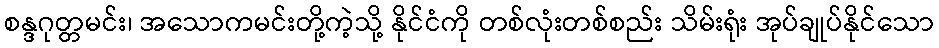
စန္ဒဂုတ္တမင်း၊ အသောကမင်းတို့ကဲ့သို့ နိုင်ငံကို တစ်လုံးတစ်စည်း သိမ်းရုံး အုပ်ချုပ်နိုင်သော